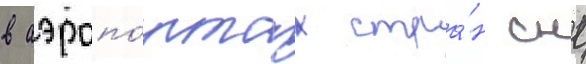
в аэропо́ртах стра́н снг